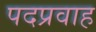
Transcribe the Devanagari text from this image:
पदप्रवाह